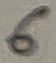
Text: 6